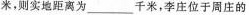
米，则实地距离为___千米，李庄位于周庄的